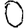
Digit: 0